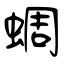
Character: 蜩